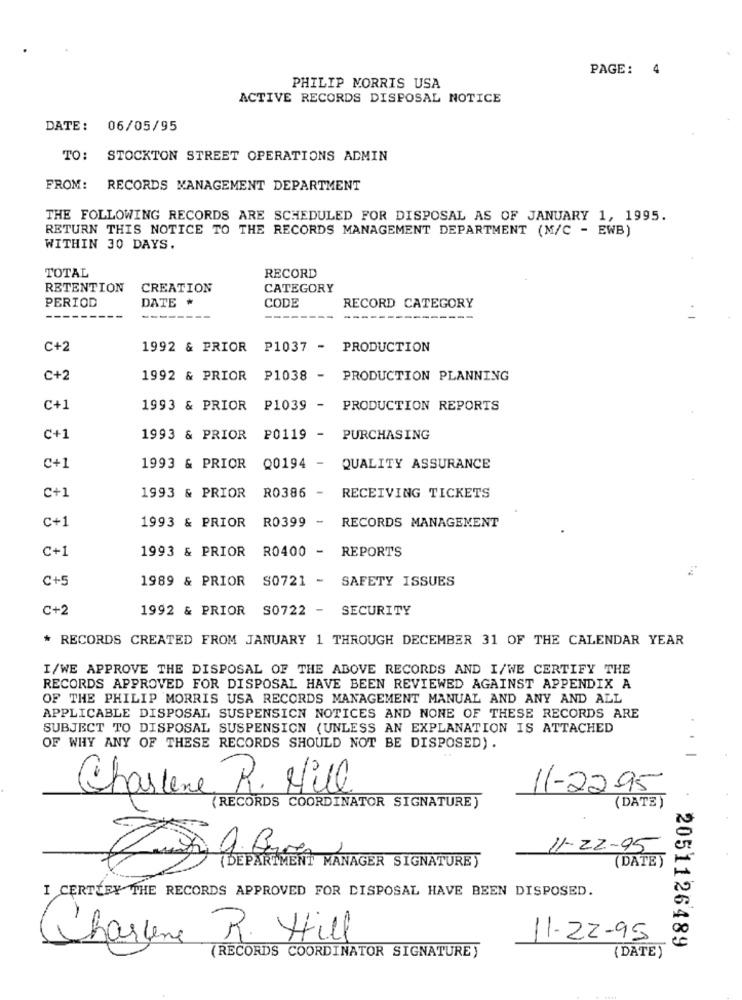
PAGE: 4
PHILIP MORRIS USA
ACTIVE RECORDS DISPOSAL NOTICE
DATE :
06/05/95
TO:
STOCKTON STREET OPERATIONS ADMIN
FROM:
RECORDS MANAGEMENT DEPARTMENT
THE FOLLOWING RECORDS ARE SCHEDULED FOR DISPOSAL AS OF JANUARY 1, 1995.
RETURN THIS NOTICE TO THE RECORDS MANAGEMENT DEPARTMENT (M/C - EWB)
WITHIN 30 DAYS.
TOTAL
RECORD
RETENTION
CREATION
CATEGORY
DATE
CODE
PERIOD
RECORD CATEGORY
C+2
1992 & PRIOR P1037 - PRODUCTION
C+2
1992 & PRIOR P1038 - PRODUCTION PLANNING
C+1
1993 & PRIOR
P1039 - PRODUCTION REPORTS
C+1
1993 & PRIOR P0119 - PURCHASING
C+1
1993 & PRIOR
Q0194 - QUALITY ASSURANCE
C+1
1993 & PRIOR R0386 - RECEIVING TICKETS
C+1
1993 & PRIOR R0399 - RECORDS MANAGEMENT
C+1
1993 & PRIOR
R0400 - REPORTS
C+5
1989 & PRIOR S0721 - SAFETY ISSUES
C+2
1992 & PRIOR S0722 - SECURITY
* RECORDS CREATED FROM JANUARY 1 THROUGH DECEMBER 31 OF THE CALENDAR YEAR
I/WE APPROVE THE DISPOSAL OF THE ABOVE RECORDS AND I/WE CERTIFY THE
RECORDS APPROVED FOR DISPOSAL HAVE BEEN REVIEWED AGAINST APPENDIX A
OF THE PHILIP MORRIS USA RECORDS MANAGEMENT MANUAL AND ANY AND ALL
APPLICABLE DISPOSAL SUSPENSION NOTICES AND NONE OF THESE RECORDS ARE
SUBJECT TO DISPOSAL SUSPENSION (UNLESS AN EXPLANATION IS ATTACHED
OF WHY ANY OF THESE RECORDS SHOULD NOT BE DISPOSED) .
Charlene R. Hill
11-22-95
(RECORDS COORDINATOR SIGNATURE)
(DATE )
1
11-22-95
(DEPARTMENT MANAGER SIGNATURE)
(DATE )
I CERTIFY THE RECORDS APPROVED FOR DISPOSAL HAVE BEEN DISPOSED.
Charlene R. Hill
11-22-95
2051126489
(RECORDS COORDINATOR SIGNATURE)
(DATE)